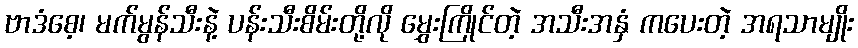
ဗာဒံစေ့၊ မက်မွန်သီးနဲ့ ပန်းသီးစိမ်းတို့လို မွှေးကြိုင်တဲ့ အသီးအနှံ ကပေးတဲ့ အရသာမျိုး